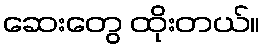
ဆေးတွေ ထိုးတယ်။